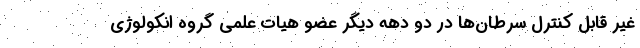
غیر قابل کنترل سرطان‌ها در دو دهه دیگر عضو هیات علمی گروه انکولوژی